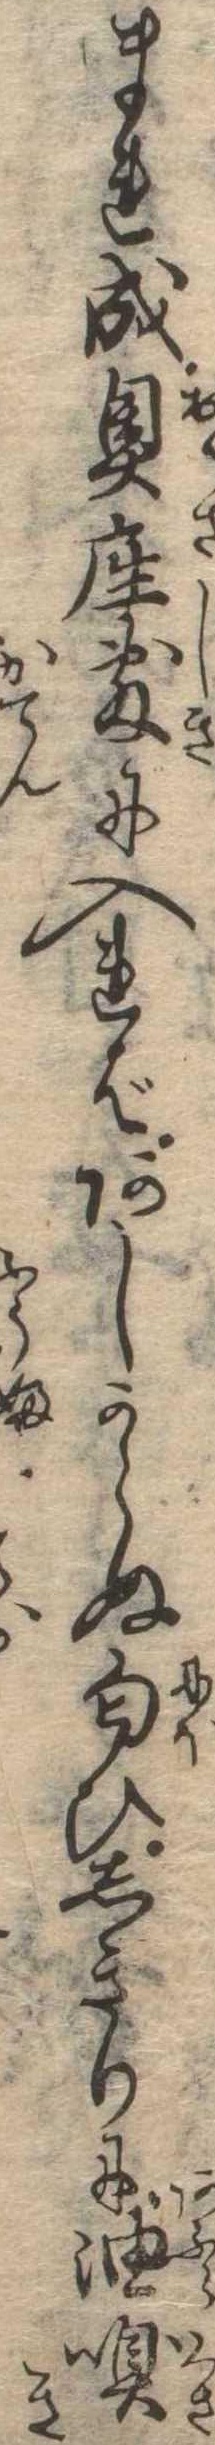
まれ成奥座敷に入ればあしからぬ匂ひしきりに油嗅き